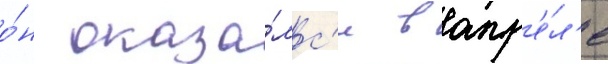
о́н оказа́лс'я в апр'е́л'е